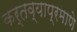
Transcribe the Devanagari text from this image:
कर्तव्याप्रमाणे